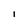
Character: I